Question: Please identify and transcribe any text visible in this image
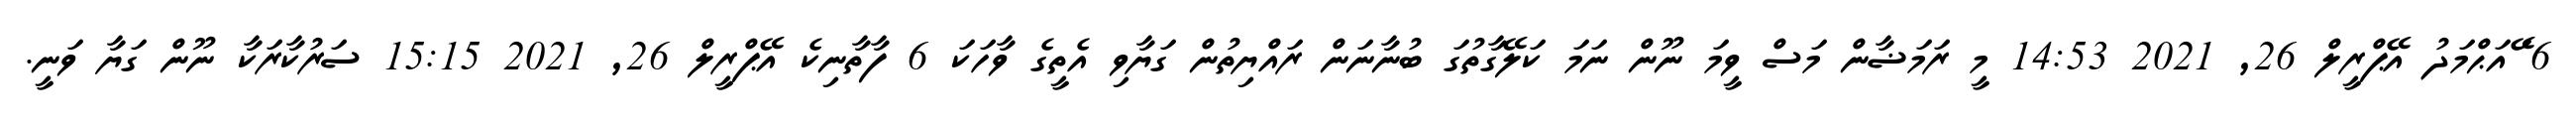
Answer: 6 ޭައަޙްމަދު އޭޕްރީލް 26, 2021 14:53 މީ ރަމަޟާން މަސް ވީމަ ނޫން ނަމަ ކަލޭގާތުގަ ބުނާނަން ރައްޔިތުން ގަޔާވި އެތީގެ ވާހަކަ 6 ފާތާނިކެ އޭޕްރީލް 26, 2021 15:15 ސަރުކާރަކާ ނޫން ގަޔާ ވަނީ.